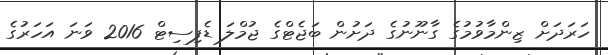
ހަރަދަށް ޒިންމާވުމުގެ ގާނޫނުގެ ދަށުން ބަޖެޓްގެ ޖުމްލަ ޑެފިސިޓް 2016 ވަނަ އަހަރުގެ